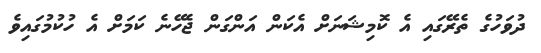
ދުވަހުގެ ތެރޭގައި އެ ކޮމިޝަނަށް އެކަން އަންގަން ޖެހޭނެ ކަމަށް އެ ހުކުމުގައިވެ